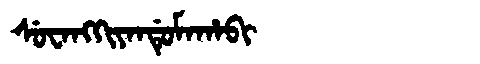
Manchu: ᠰᡠᠸᠠᠩᡴᡳᠶᠠᠨᡩᡠᠮᠠᡥᠠᠪᡳ
Romanization: SUWANGKIYANDUMAHABI